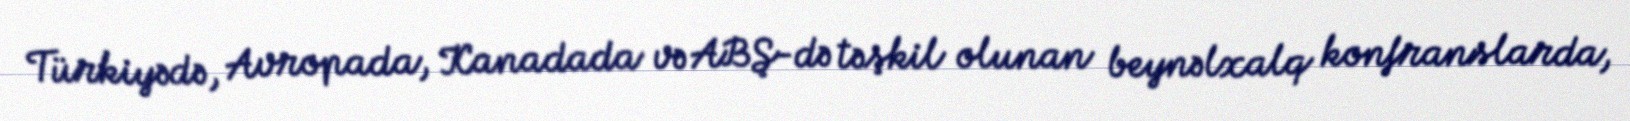
Türkiyədə, Avropada, Kanadada və ABŞ-də təşkil olunan beynəlxalq konfranslarda,